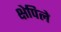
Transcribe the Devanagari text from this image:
क्षेपिले